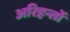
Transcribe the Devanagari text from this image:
अरिहन्तों